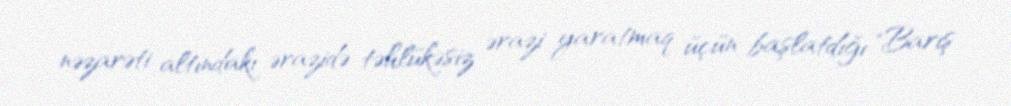
nəzarəti altındakı ərazidə təhlükəsiz ərazi yaratmaq üçün başlatdığı "Barış